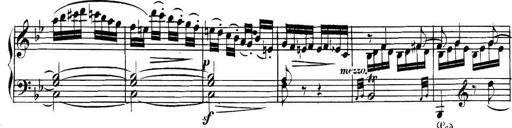
Title: Collected Piano Sonatas
Composer: Muzio Clementi